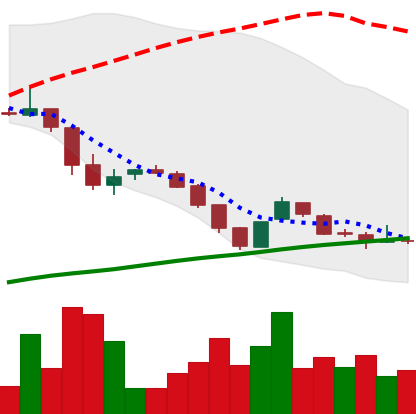
Ticker: DOGE-USD
Chart end date: 2018-11-02
Forward return: -3.605%
Label: down_3_5